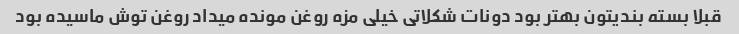
قبلا بسته بندیتون بهتر بود دونات شکلاتی خیلی مزه روغن مونده میداد روغن توش ماسیده بود